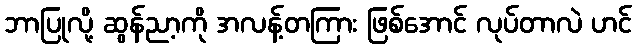
ဘာပြုလို့ ဆွန်ညာ့ကို အလန့်တကြား ဖြစ်အောင် လုပ်တာလဲ ဟင်